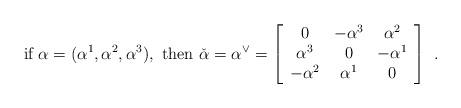
LaTeX: \begin{align*} \mbox{if}\ \alpha=(\alpha^1,\alpha^2,\alpha^3),\ \mbox{then}\ \check{\alpha}=\alpha^\vee= \left[\begin{array}{ccc} 0 & -\alpha^3 & \alpha^2 \\ \alpha^3 &0 & -\alpha^1 \\ -\alpha^2 & \alpha^1 &0 \end{array}\right]\ .\end{align*}